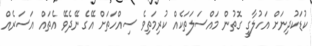
ކުޑަކުދިނަށް އަހުލާގީ ގޮތުން މައްސަލަތަކެއް ކުރިމަތިވެ ސިއްހަތަށް އޭގެ ނޭދެވޭ އެތައް އަސަރެއް